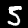
Digit: 5